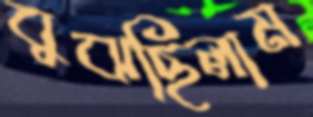
বুঝছিলাম